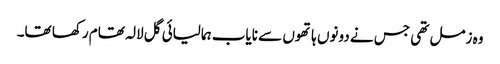
وہ زمل تھی جس نے دونوں ہاتھوں سے نایاب ہمالیائی گل لالہ تھام رکھا تھا۔